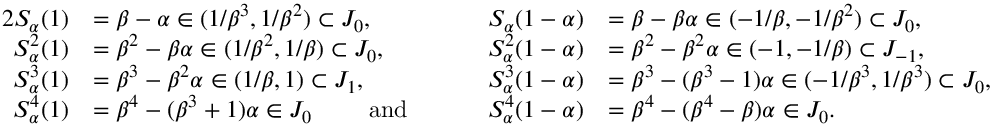
\begin{array} { r l r l } { { 2 } S _ { \alpha } ( 1 ) } & { = \beta - \alpha \in ( 1 / \beta ^ { 3 } , 1 / \beta ^ { 2 } ) \subset J _ { 0 } , } & { S _ { \alpha } ( 1 - \alpha ) } & { = \beta - \beta \alpha \in ( - 1 / \beta , - 1 / \beta ^ { 2 } ) \subset J _ { 0 } , } \\ { S _ { \alpha } ^ { 2 } ( 1 ) } & { = \beta ^ { 2 } - \beta \alpha \in ( 1 / \beta ^ { 2 } , 1 / \beta ) \subset J _ { 0 } , } & { S _ { \alpha } ^ { 2 } ( 1 - \alpha ) } & { = \beta ^ { 2 } - \beta ^ { 2 } \alpha \in ( - 1 , - 1 / \beta ) \subset J _ { - 1 } , } \\ { S _ { \alpha } ^ { 3 } ( 1 ) } & { = \beta ^ { 3 } - \beta ^ { 2 } \alpha \in ( 1 / \beta , 1 ) \subset J _ { 1 } , } & { S _ { \alpha } ^ { 3 } ( 1 - \alpha ) } & { = \beta ^ { 3 } - ( \beta ^ { 3 } - 1 ) \alpha \in ( - 1 / \beta ^ { 3 } , 1 / \beta ^ { 3 } ) \subset J _ { 0 } , } \\ { S _ { \alpha } ^ { 4 } ( 1 ) } & { = \beta ^ { 4 } - ( \beta ^ { 3 } + 1 ) \alpha \in J _ { 0 } \ \ \ \ \ \ \ \mathrm { a n d } \ \ \ \ \ \ \ } & { S _ { \alpha } ^ { 4 } ( 1 - \alpha ) } & { = \beta ^ { 4 } - ( \beta ^ { 4 } - \beta ) \alpha \in J _ { 0 } . } \end{array}